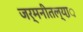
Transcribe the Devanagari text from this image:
जर्मनीतल्या़़